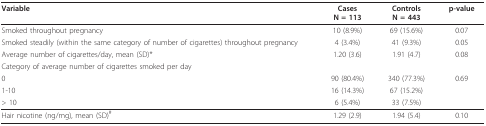
<table><thead><tr><td><b>Variable</b></td><td><b>CasesN = 113</b></td><td><b>ControlsN = 443</b></td><td><b>p-value</b></td></tr></thead><tbody><tr><td>Smoked throughout pregnancy</td><td>10 (8.9%)</td><td>69 (15.6%)</td><td>0.07</td></tr><tr><td>Smoked steadily (within the same category of number of cigarettes) throughout pregnancy</td><td>4 (3.4%)</td><td>41 (9.3%)</td><td>0.05</td></tr><tr><td>Average number of cigarettes/day, mean (SD)*</td><td>1.20 (3.6)</td><td>1.91 (4.7)</td><td>0.08</td></tr><tr><td>Category of average number of cigarettes smoked per day</td><td></td><td></td><td></td></tr><tr><td>0</td><td>90 (80.4%)</td><td>340 (77.3%)</td><td>0.69</td></tr><tr><td>1-10</td><td>16 (14.3%)</td><td>67 (15.2%)</td><td></td></tr><tr><td>&gt; 10</td><td>6 (5.4%)</td><td>33 (7.5%)</td><td></td></tr><tr><td>Hair nicotine (ng/mg), mean (SD)<sup>#</sup></td><td>1.29 (2.9)</td><td>1.94 (5.4)</td><td>0.10</td></tr></tbody></table>